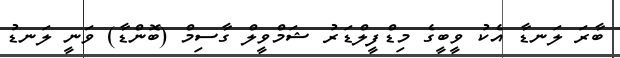
ބާރަ ލަނޑާ އެކު ވީބީގެ މިޑްފީލްޑަރު ޝަމްވީލް ގާސިމް (ބޮންޑާ) ވަނީ ލަނޑު